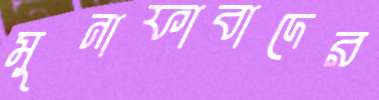
মুনাফাবাদের